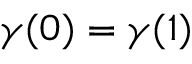
\gamma ( 0 ) = \gamma ( 1 )